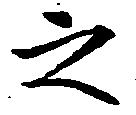
之